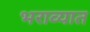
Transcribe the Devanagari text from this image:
भराव्यात